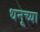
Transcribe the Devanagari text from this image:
धनूच्या